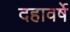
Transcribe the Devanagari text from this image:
दहावर्षे